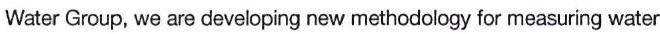
Water Group, we are developing new methodology for measuring water